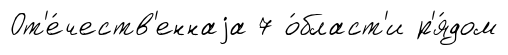
От'е́честв'еннаjа 7 о́бласт'и р'я́дом